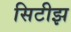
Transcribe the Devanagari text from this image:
सिटीझ